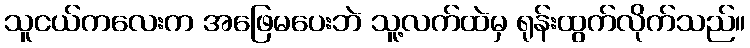
သူငယ်ကလေးက အဖြေမပေးဘဲ သူ့လက်ထဲမှ ရုန်းထွက်လိုက်သည်။